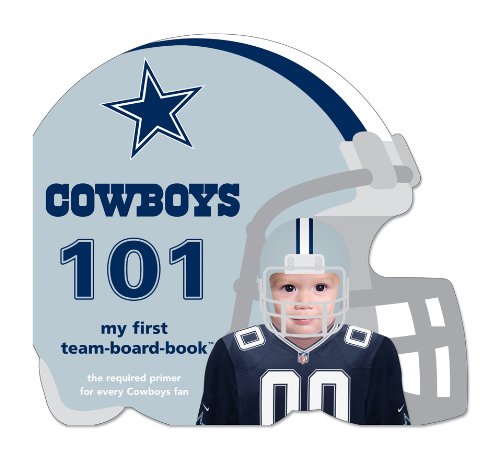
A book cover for Dallas Cowboys 101 (My First Team-Board-Book); Brad Epstein; Children's Books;